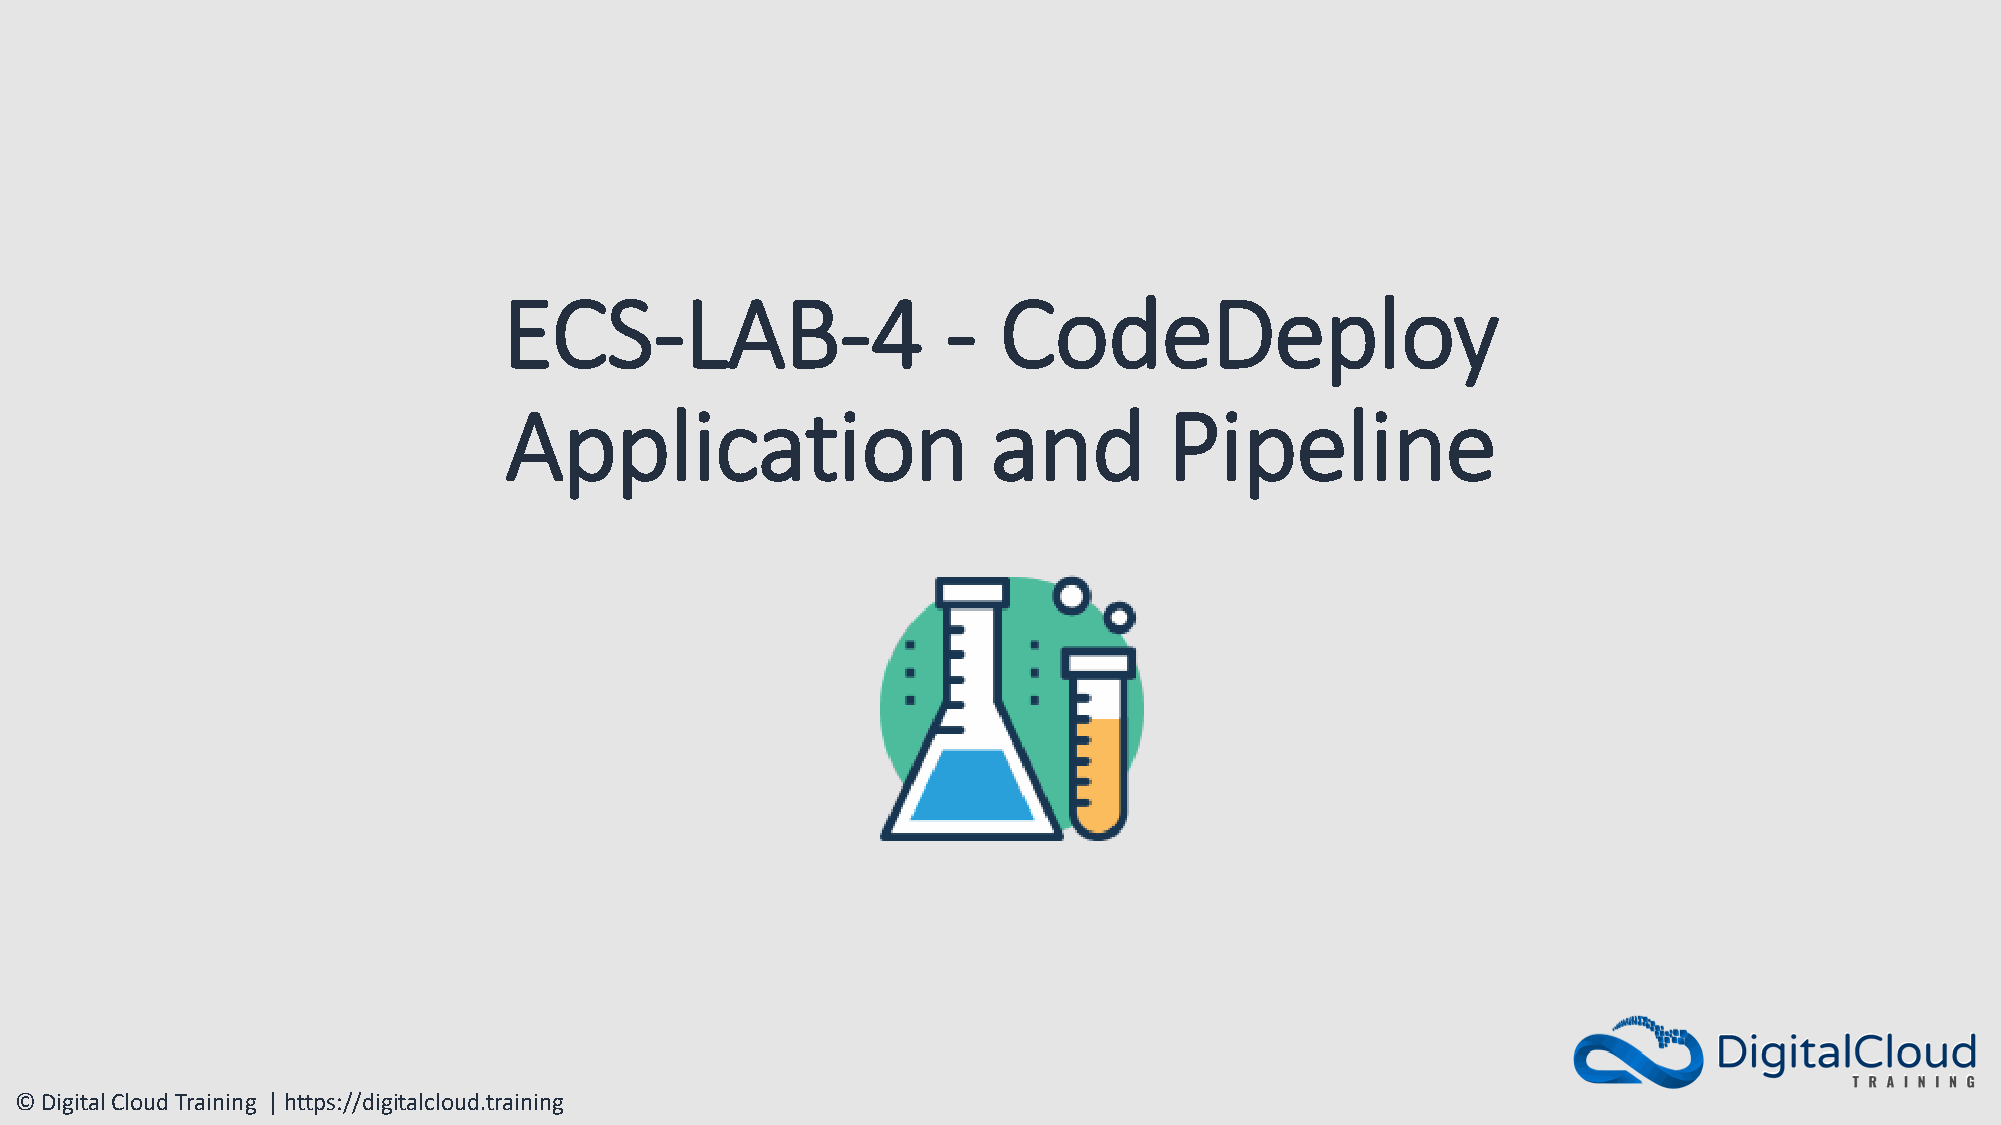
ECS-LAB-4                     -  CodeDeploy
 Application                      and        Pipeline
 © Digital Cloud Training | https://digitalcloud.training